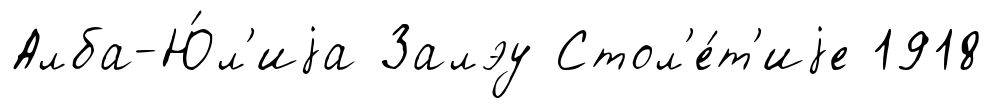
Алба-Ю́л'иjа Залэу Стол'е́т'иjе 1918